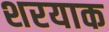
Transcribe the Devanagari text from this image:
शरयाक